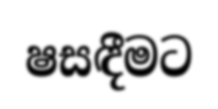
ෂසඳීමට